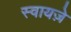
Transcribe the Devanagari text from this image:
स्वायज़े